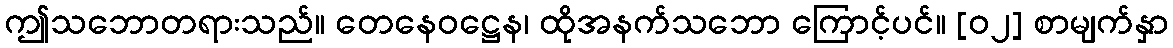
ဤသဘောတရားသည်။ တေနေဝဋ္ဌေန၊ ထိုအနက်သဘော ကြောင့်ပင်။ [၀၂] စာမျက်နှာ